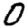
Digit: 0